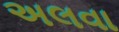
અલવા